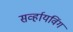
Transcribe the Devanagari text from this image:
सर्व्हायविंग